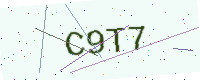
Text: C9T7